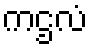
ကဌလံ